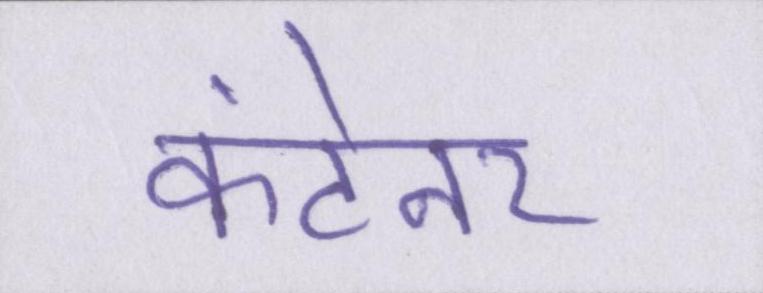
कंटेनर